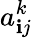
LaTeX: a_{\mathbf{i}j}^{k}